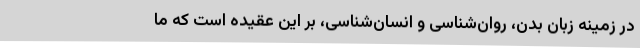
در زمینه زبان بدن، روان‌شناسی و انسان‌شناسی، بر این عقیده است که ما